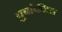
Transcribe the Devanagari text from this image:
बुर्बाकीला